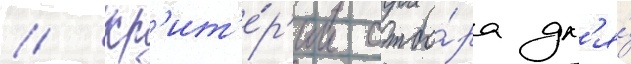
// Кр'ит'е́р'ии отбо́ра дл'я́